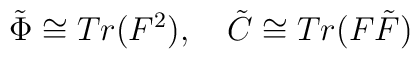
\tilde{\Phi} \cong Tr (F^2), \quad \tilde{C} \cong Tr (F\tilde{F})